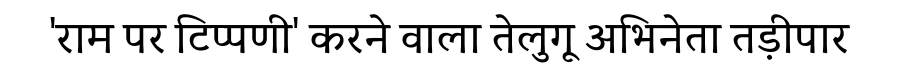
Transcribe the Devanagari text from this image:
'राम पर टिप्पणी' करने वाला तेलुगू अभिनेता तड़ीपार